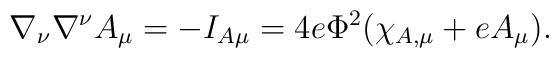
\nabla_\nu \nabla ^\nu A_\mu =-I_{A\mu }=4e\Phi ^2 (\chi_{A,\mu} + e A_\mu).